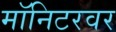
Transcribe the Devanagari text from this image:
मॉनिटरवर